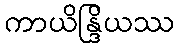
ကာယိန္ဒြိယဿ